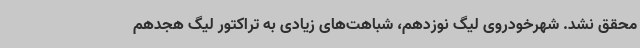
محقق نشد. شهرخودروی لیگ نوزدهم، شباهت‌های زیادی به تراکتور لیگ هجدهم